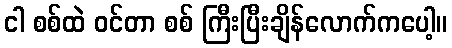
ငါ စစ်ထဲ ဝင်တာ စစ် ကြီးပြီးချိန်လောက်ကပေါ့။